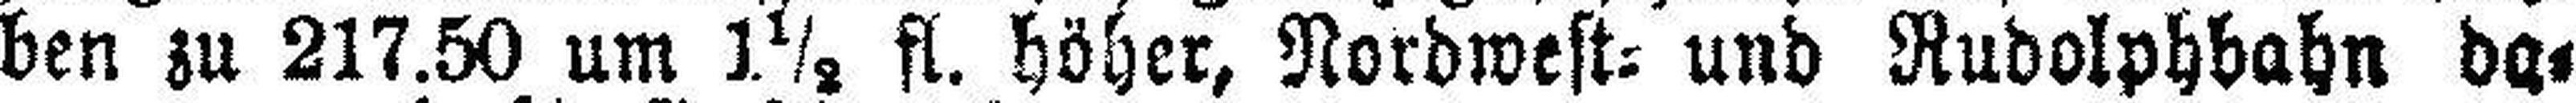
ben zu 217.50 um 1½ fl. höher, Nordwest= und Rudolphbahn da¬